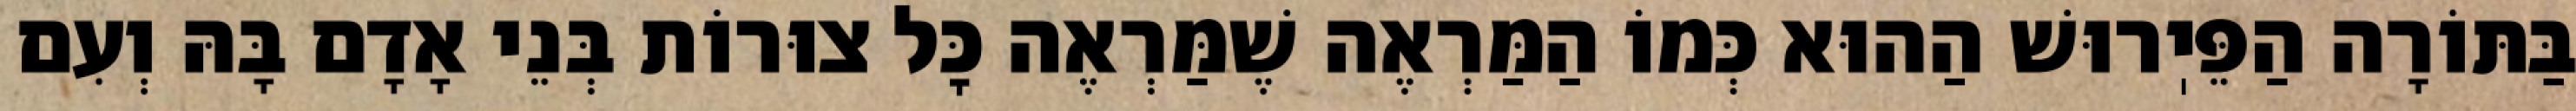
בַּתּוֹרָה הַפֵּיֽרוּשׁ הַהוּא כְּמוֹ הַמַּרְאֶה שֶׁמַּרְאֶה כׇּל צוּרוֹת בְּנֵי אָדָם בָּהּ וְעִם